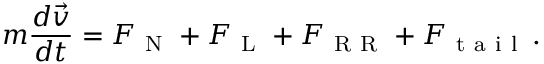
m \frac { d \vec { v } } { d t } = \boldsymbol { F } _ { \mathrm { ~ N ~ } } + \boldsymbol { F } _ { \mathrm { ~ L ~ } } + \boldsymbol { F } _ { \mathrm { ~ R ~ R ~ } } + \boldsymbol { F } _ { \mathrm { ~ t ~ a ~ i ~ l ~ } } \, .